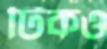
টিকও